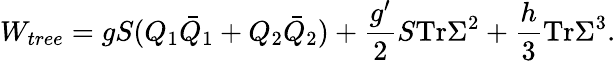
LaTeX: W_{tree}=gS(Q_{1}\bar{Q}_{1}+Q_{2}\bar{Q}_{2})+{\frac{g^{\prime}}{2}}S\mathrm{Tr}\Sigma^{2}+{\frac{h}{3}}\mathrm{Tr}\Sigma^{3}.